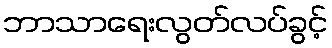
ဘာသာရေးလွတ်လပ်ခွင့်